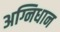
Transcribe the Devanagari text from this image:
अग्निधान